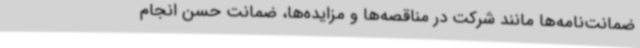
ضمانت‌نامه‌ها مانند شرکت در مناقصه‌ها و مزایده‌ها، ضمانت حسن انجام